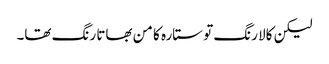
لیکن کالا رنگ تو ستارہ کا من بھاتا رنگ تھا۔